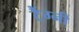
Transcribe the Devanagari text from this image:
टैंग्नी